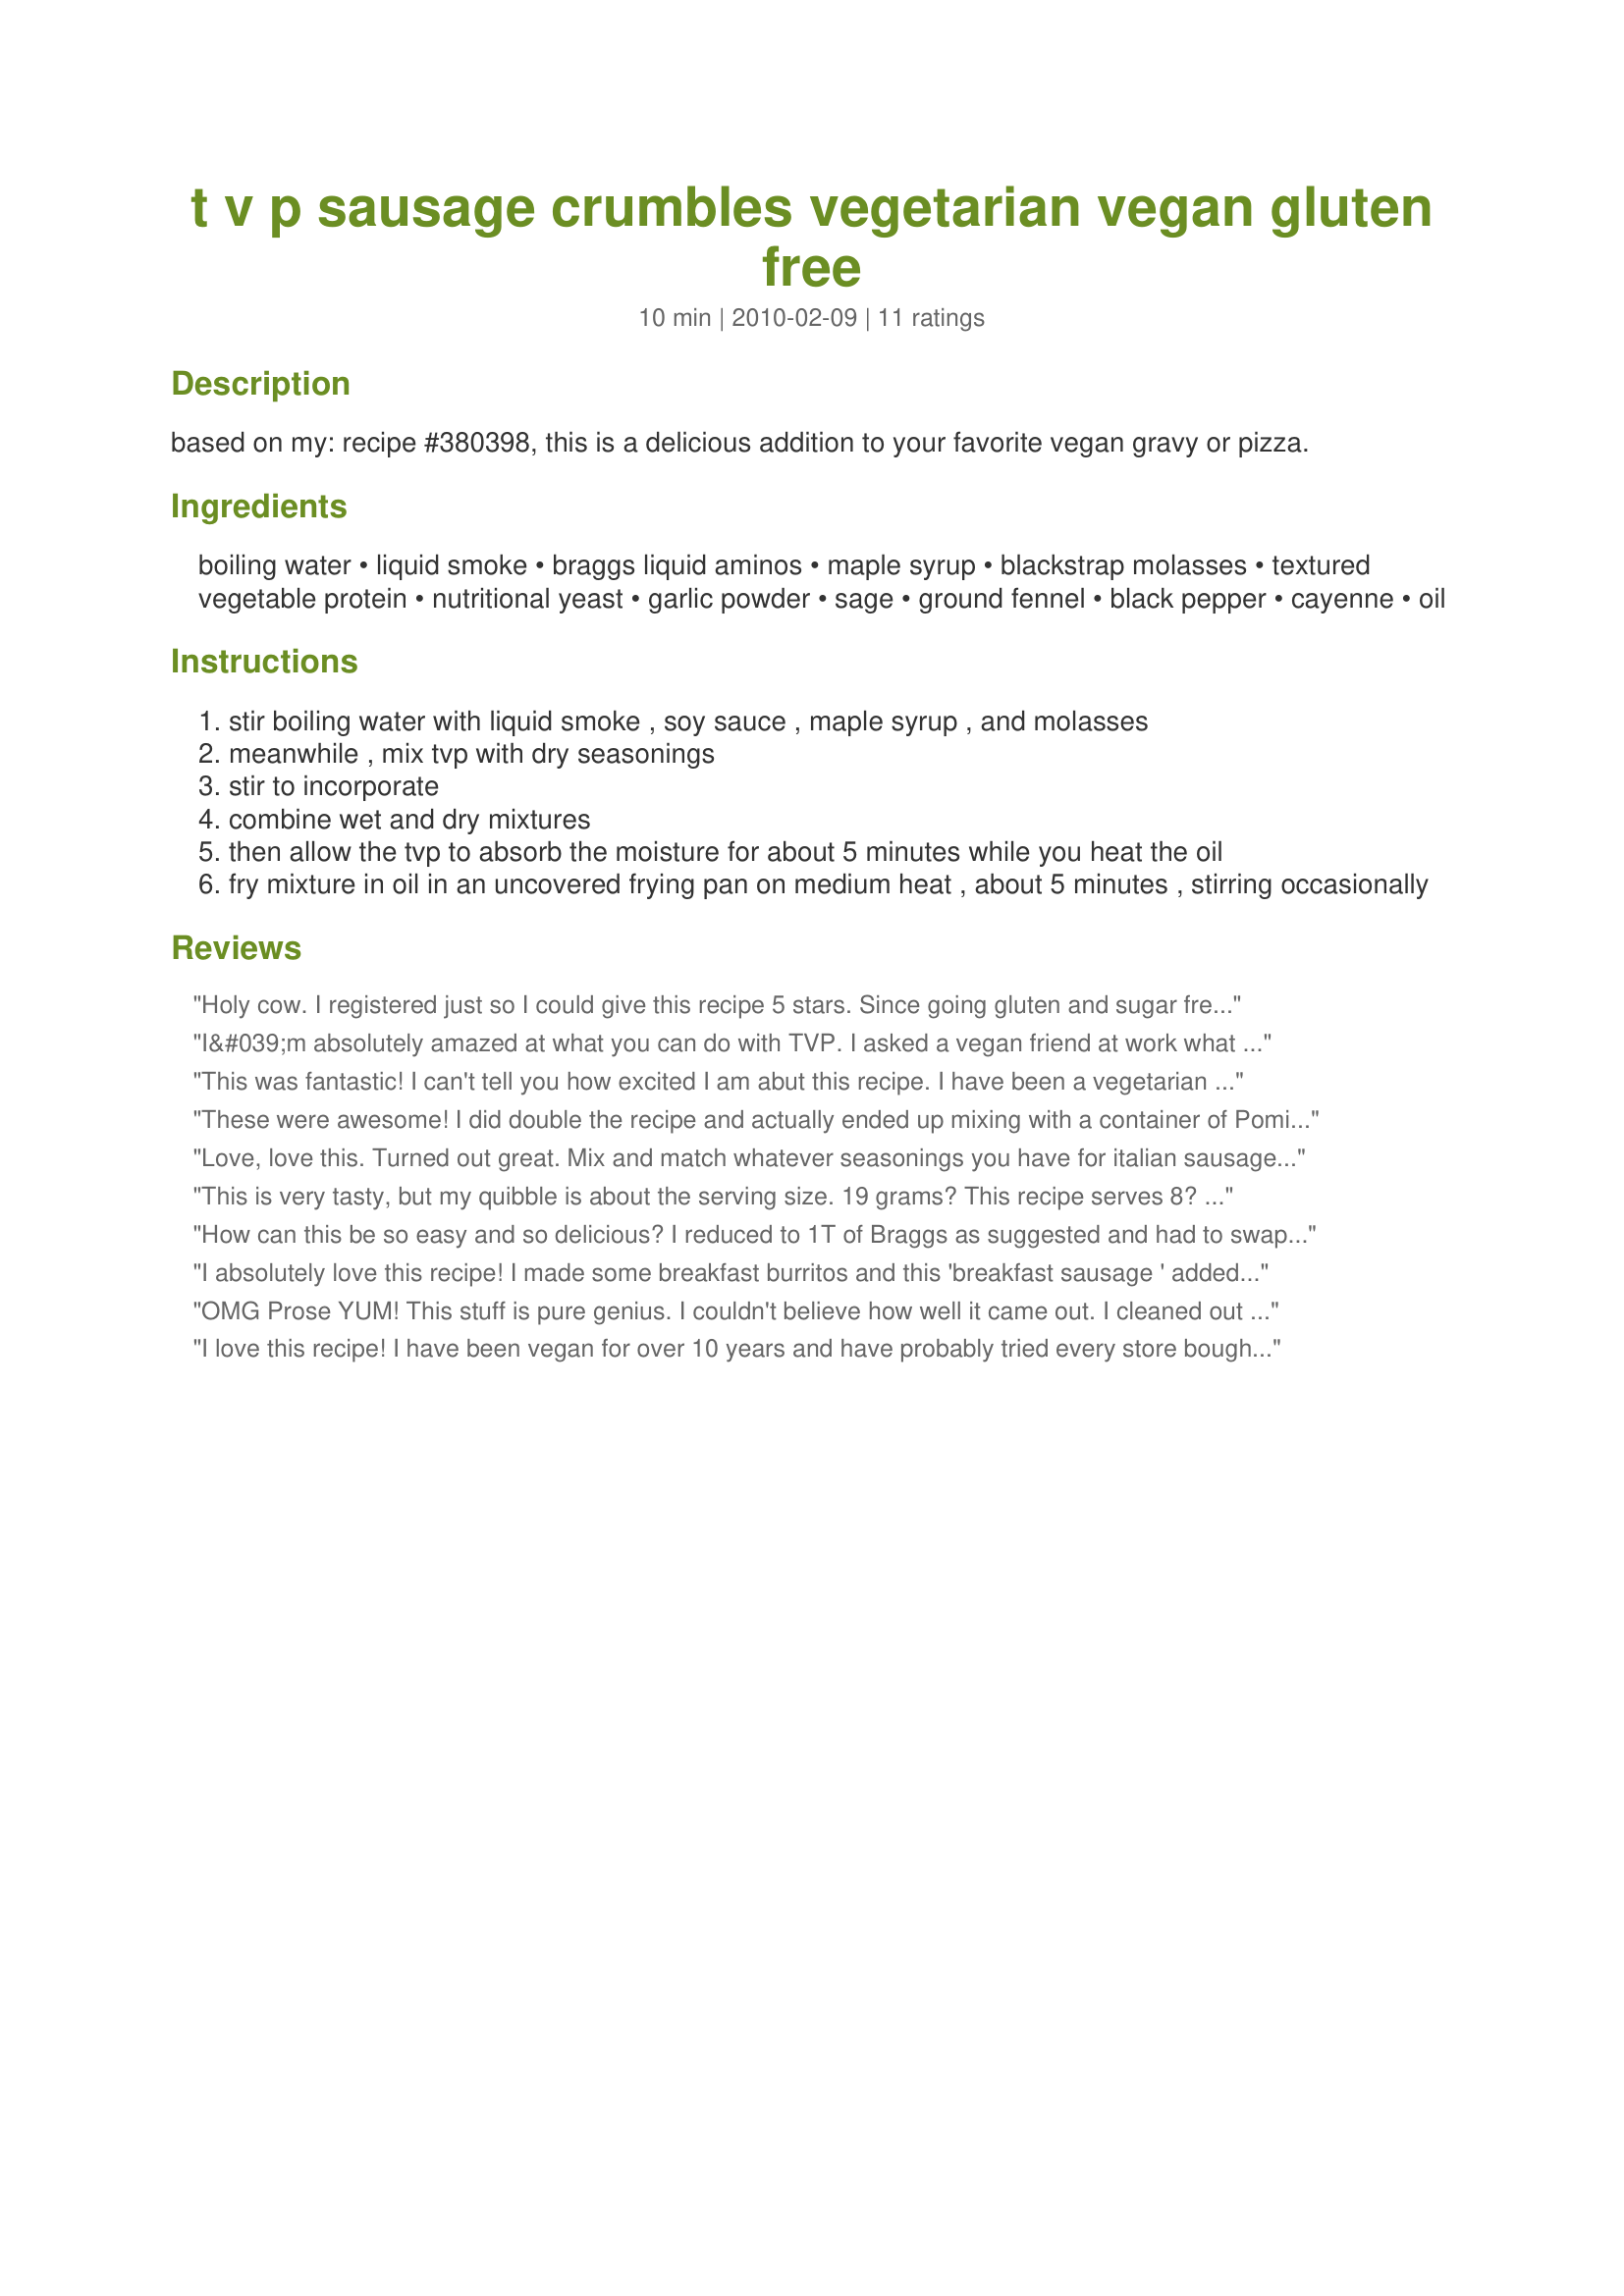
t v p sausage crumbles vegetarian vegan gluten free
Preparation time: 10 minutes

based on my: recipe #380398, this is a delicious addition to your favorite vegan gravy or pizza.

Ingredients:
boiling water, liquid smoke, braggs liquid aminos, maple syrup, blackstrap molasses, textured vegetable protein, nutritional yeast, garlic powder, sage, ground fennel, black pepper, cayenne, oil

Steps:
stir boiling water with liquid smoke , soy sauce , maple syrup , and molasses
meanwhile , mix tvp with dry seasonings
stir to incorporate
combine wet and dry mixtures
then allow the tvp to absorb the moisture for about 5 minutes while you heat the oil
fry mixture in oil in an uncovered frying pan on medium heat , about 5 minutes , stirring occasionally

Reviews:
Holy cow. I registered just so I could give this recipe 5 stars. Since going gluten and sugar free, I've had to lay off the prepackaged burger style crumbles, so when my family requested lasagne for dinner I wasn't sure what to do for the "meat" part of the recipe. A little googling brought up this recipe and it was just amazing. I wanted to just eat it all on its own to be honest, but it was perfect in the lasagne. I took the other reviewer's advice and lowered the soy sauce to 1 TBSP and I used whole fennel seeds instead of ground ones, but other than that I made it as the recipe specified and it was perfect. I'll never eat that prepackaged stuff again!!!
I&#039;m absolutely amazed at what you can do with TVP. I asked a vegan friend at work what type of meat crumbles she preferred, and she told me to use TVP. Every recipe that I&#039;ve used with it so far has been successful! Including this one! I can&#039;t believe it tastes just like sausage. If I didn&#039;t know it was NOT sausage, I would believe it was. I can&#039;t wait to put this in lasagne or spaghetti or something. One question though... I tried using this in a soup I was making... and a lot of the spices came off the TVP and into the soup ... it still tasted good though... but I&#039;m wondering would that be to me not cooking it in the oil long enough or is it just that I shouldn&#039;t add it to soup?...
This was fantastic! I can't tell you how excited I am abut this recipe. I have been a vegetarian for 13 years and the only meat I miss is sausage. All the products on the market just don't cut it for me. This can be put on pizza, in a lasagna, the uses are endless. I plan on making a double batch next time and freezing it. One note, I used soy sauce and 3T was too much for my taste. I will cut back on that. Thanks so very much for sharing your recipe.
These were awesome! I did double the recipe and actually ended up mixing with a container of Pomi tomatoes to serve with pasta. It was really tasty! My husband already requested this again for dinner tonight. Thanks for a super easy and delicious recipe!
Love, love this. Turned out great. Mix and match whatever seasonings you have for italian sausage, breakfast sausage, greek, indian curry, etc. I reduced the braggs to 1 tablespoon and it was still plenty salty for me, could probably even use less. My meat-loving husband even loved this, so will be using this recipe often. This recipe is actually closer to 2 servings though, nowhere near the listed 8 servings. But still delicous.
This is very tasty, but my quibble is about the serving size. 19 grams? This recipe serves 8? I double the recipe all the time because it makes so little---you end up with less than a cup of the stuff if you make the recipe as written. When I double it, I use about half a cup for a pizza and then I have two small containers to freeze for future meals. Also, I agree with the others---use only one Tbls. of the Braggs or tamari or soy sauce. Otherwise, it&#039;s way too salty.
How can this be so easy and so delicious? I reduced to 1T of Braggs as suggested and had to swap out ground fennel for caraway seeds (what I had in my pantry) and it turned out amazing!!! This recipe is a keeper for sure!
I absolutely love this recipe! I made some breakfast burritos and this 'breakfast sausage ' added hit the spot and craving. I only sprayed 1 dash of Braggs liquid aminos, and it turned out fine!
OMG Prose YUM! This stuff is pure genius. I couldn't believe how well it came out. I cleaned out the kitchen before we left on vacation and we came home to - not a lot - I threw together some pasta with the most basic tomato sauce and needed something to take it up a notch. This was awesome! I did add it some extra spices (thyme, oregano, parsley and a pinch of nutmeg). Love it! So quick and delicious. This is going to be fabulous for vegan breakfast pizzas too! Thank you!!
I love this recipe! I have been vegan for over 10 years and have probably tried every store bought vegan sausage available. I even bought a few vegetarian ones. (Sshhh, don't tell.) I couldn't find one that I liked. I have used it in sausage gravy so far, but will definitely find other uses for this fantastic recipe.
Great stuff! Doesn't get much quicker than this - I threw it together for lunch and we used it in tacos. The only comment around the table was that it was a bit salty, so next time I'll start with 1 tbsp of Braggs and add more later on if need be. I just pan fried it in a smidge of oil, with some parsley, et voila! Thanks Prose, another great creation!
